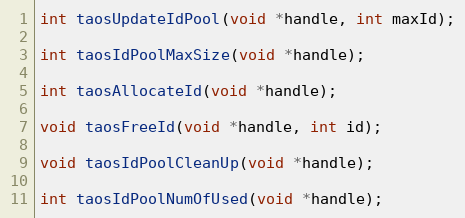
Language: C
int taosUpdateIdPool(void *handle, int maxId);

int taosIdPoolMaxSize(void *handle);

int taosAllocateId(void *handle);

void taosFreeId(void *handle, int id);

void taosIdPoolCleanUp(void *handle);

int taosIdPoolNumOfUsed(void *handle);